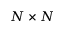
N \times N